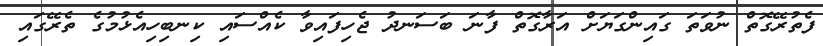
ފެތުރޭގޮތް ނުވަތަ ގައިންގަޔަށް އަރާގޮތް ފާނަ ބަސަނދު ޖެހިފައިވާ ކެއްސައި ކިނބިިހިއެޅުމުގެ ތެރޭގައި